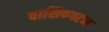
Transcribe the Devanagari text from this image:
वाशिण्गटन